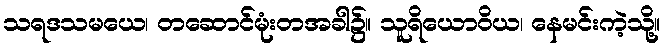
သရဒသမယေ၊ တဆောင်မုံးတအခါ၌။ သူရိယောဝိယ၊ နေမင်းကဲ့သို့။